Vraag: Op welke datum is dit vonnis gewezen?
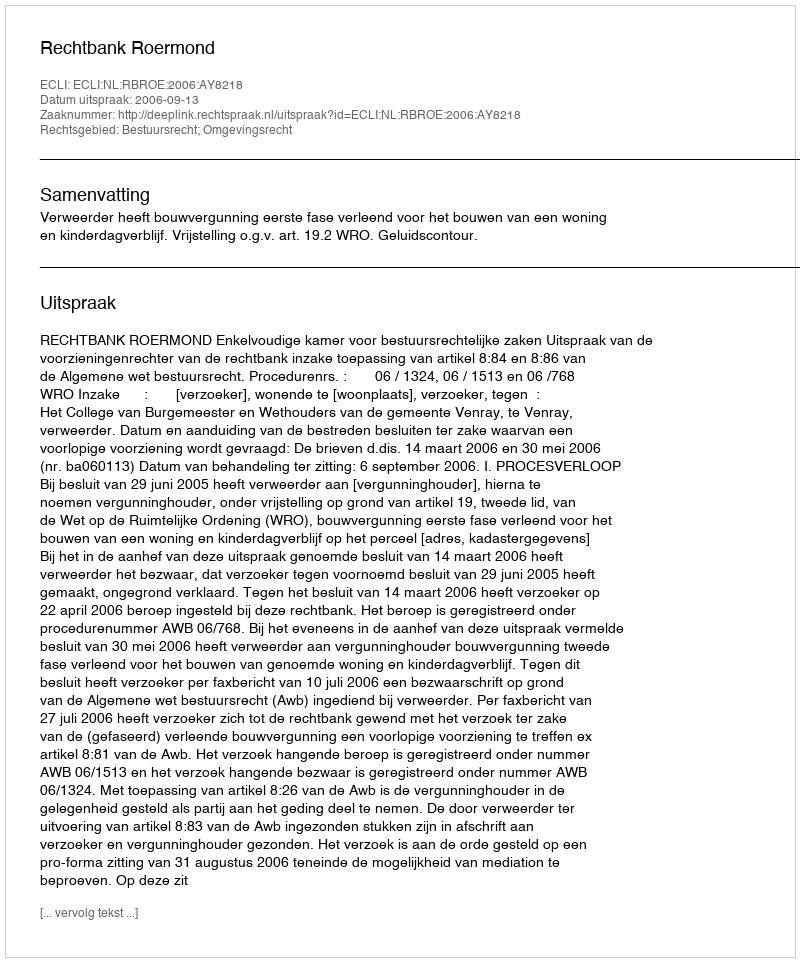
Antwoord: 2006-09-13